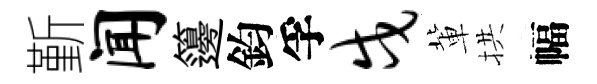
斳闻籩鈞孚戍軰拱幅